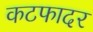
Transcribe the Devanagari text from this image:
कटफादर